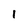
Character: 1